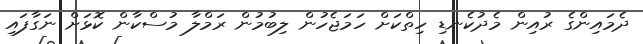
ދެމައިންގެ ރުއިން މެދުކެނޑި ހިތްކަށް ހަމަޖެހުން ލިބުމުން ރަމްލާ މުސްކާން ކޮޅަށް ނަގާފައި